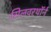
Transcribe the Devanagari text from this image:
सिलवरथॉर्न